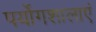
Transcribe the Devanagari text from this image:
पर्योगशालाएं